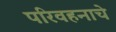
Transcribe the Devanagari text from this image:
परिवहनाचे